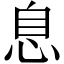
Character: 息